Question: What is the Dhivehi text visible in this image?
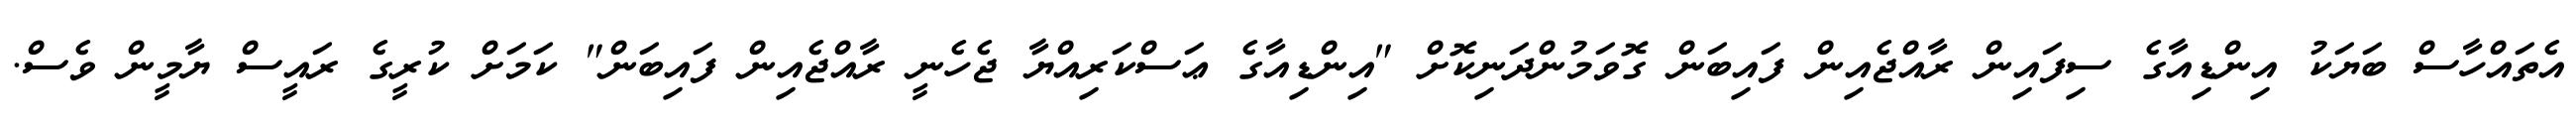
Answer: އެތައްހާސް ބަޔަކު އިންޑިއާގެ ސިފައިން ރާއްޖެއިން ފައިބަން ގޮވަމުންދަނިކޮށް "އިންޑިއާގެ ޢަސްކަރިއްޔާ ޖެހެނީ ރާއްޖެއިން ފައިބަން" ކަމަށް ކުރީގެ ރައީސް ޔާމީން ވެސް.